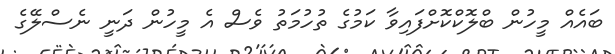
ބައެއް މީހުން ބްލޮކްކޮށްފައިވާ ކަމުގެ ތުހުމަތު ވެސް އެ މީހުން ދަނީ ނެސްލޭގެ